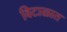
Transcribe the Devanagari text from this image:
विटाळात